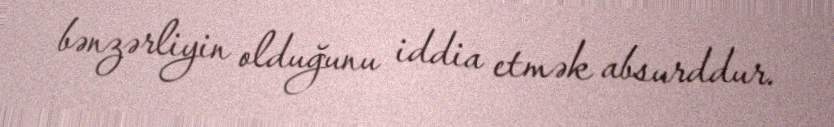
bənzərliyin olduğunu iddia etmək absurddur.